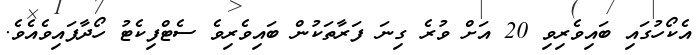
އެކޯހުގައި ބައިވެރިވި 20 އަށް ވުރެ ގިނަ ފަރާތަކުން ބައިވެރިވެ ސެޓްފިކެޓު ހޯދާފައިވެއެވެ.